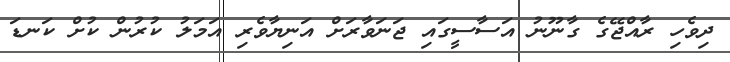
ދިވެހި ރާއްޖޭގެ ގާނޫނު އަސާސީގައި ޖަނަވާރަށް އަނިޔާވެރި އަމަލު ކުރުން ކުށް ކަނޑަ